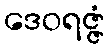
ဒေဝရဇ္ဇံ